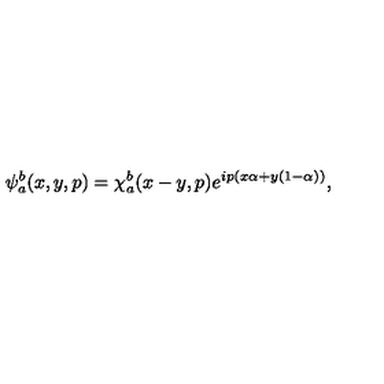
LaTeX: \psi _ { a } ^ { b } ( x , y , p ) = \chi _ { a } ^ { b } ( x - y , p ) e ^ { i p ( x \alpha + y ( 1 - \alpha ) ) } ,